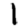
Digit: 1